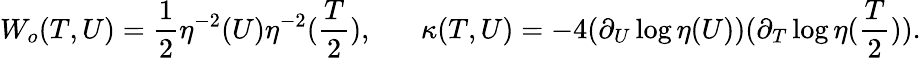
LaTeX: W_{o}(T,U)=\frac{1}{2}\eta^{-2}(U)\eta^{-2}(\frac{T}{2}),\; \; \; \; \; \; \kappa(T,U)=-4(\partial_{U}\log\eta(U))(\partial_{T}\log\eta(\frac{T}{2})).